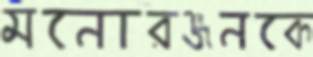
মনোরঞ্জনকে